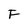
Character: F